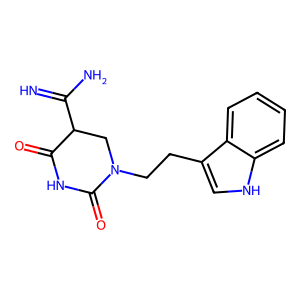
SMILES: N=C(N)C1CN(CCc2c[nH]c3ccccc23)C(=O)NC1=O
Inhibits HIV replication: No